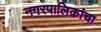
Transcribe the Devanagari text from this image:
नगरपालिकांचा